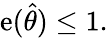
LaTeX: \mathrm{e}({\hat{{\theta}}})\leq1.